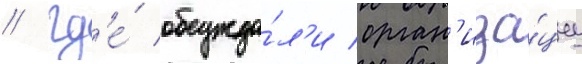
/ гд'е́ обсужда́л'и орган'иза́циу